Regulations for the medical services of the Army of India
Year: 1930
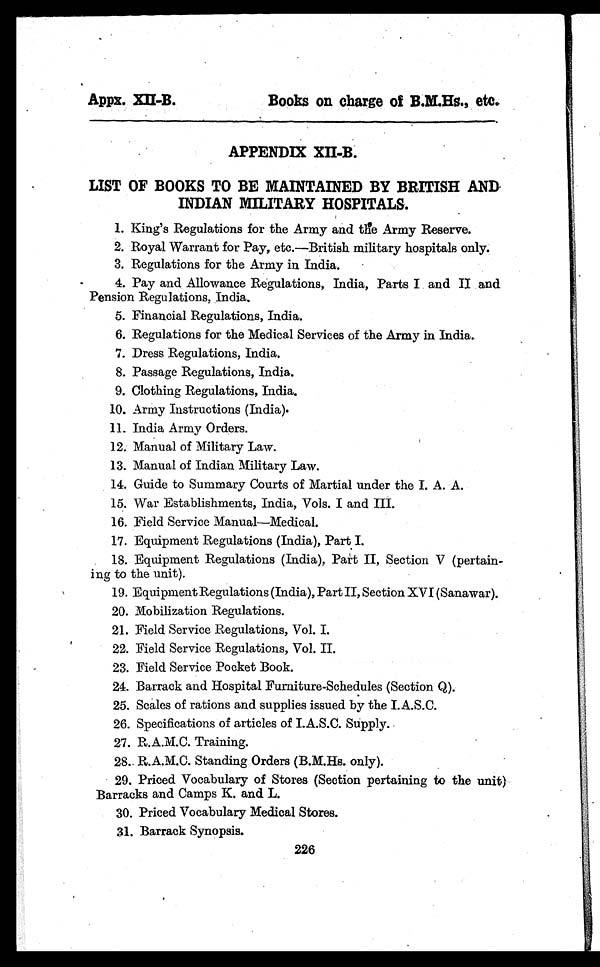
Appx.
Books on charge of B.M.Hs., etc.
APPENDIX XIL-B.
LIST OF BOOKS TO BE MAINTAINED BY BRITISH AND,
INDIAN MILITARY HOSPITALS.
1. King's Regulations for the Army and thee Army Reserve.
2. Royal Warrant for Pay, etc.—British military hospitals only.
3. Regulations for the Army in India.
4. Pay and Allowance Regulations, India, Parts I and II and
Pension Regulations, India.
5. Financial Regulations, India.
6. Regulations for the Medical Services of the Army in India.
7. Dress Regulations, India.
8. Passage Regulations, India.
9. Clothing Regulations, India.
10. Army Instructions (India).
11. India Army Orders.
12. Manual of Military Law.
13. Manual of Indian Military Law.
14. Guide to Summary Courts of Martial under the I. A. A.
15. War Establishments, India, Vols. I and III.
16. Field Service Manual—Medical.
17. Equipment Regulations (India), Part I.
18. Equipment Regulations (India), Part II, Section V (pertain-
ing to the unit).
19. Equipment Regulations (India), Part II, Section XVI (Sanawar).
20. Mobilization Regulations.
21. Field Service Regulations, Vol. I.
22. Field Service Regulations, Vol. II.
23. Field Service Pocket Book.
24. Barrack and Hospital Furniture-Schedules (Section Q).
25. Scales of rations and supplies issued by the I.A.S.C.
26. Specifications of articles of I.A.S.C. Supply.
27. R.A.M.C. Training.
28.R.A.M.C. Standing Orders (B.M.Hs. only).
29. Priced Vocabulary of Stores (Section pertaining to the unit)
Barracks and Camps K. and L.
30. Priced Vocabulary Medical Stores.
31. Barrack Synopsis.
226